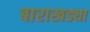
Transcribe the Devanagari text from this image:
बाराखड्या